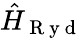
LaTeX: \hat{H}_{\mathrm{~R~y~d~}}